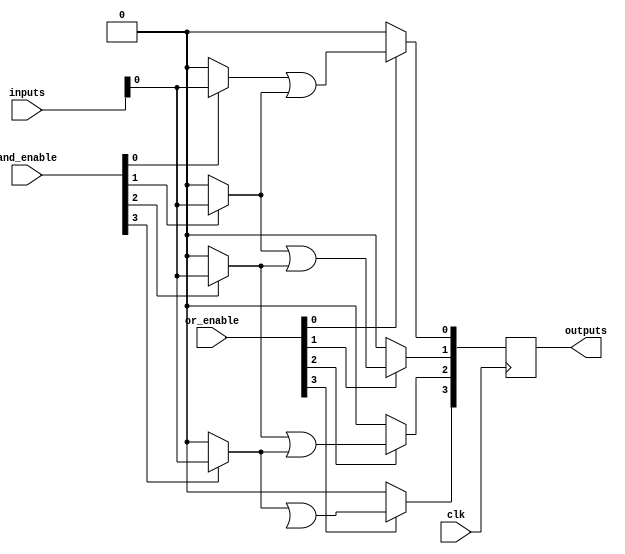
module RPAL #(
    parameter NUM_INPUTS = 8,    // Number of input lines
    parameter NUM_AND_GATES = 4,  // Number of AND gates
    parameter NUM_OR_GATES = 4     // Number of OR gates
)(
    input wire [NUM_INPUTS-1:0] inputs,            // Input lines
    input wire [NUM_AND_GATES-1:0] and_enable,     // Control signals for AND gates
    input wire [NUM_OR_GATES-1:0] or_enable,       // Control signals for OR gates
    input wire clk,                                  // Clock input
    output reg [NUM_OR_GATES-1:0] outputs          // Registered output lines
);

    // Internal signals for the AND array
    wire [NUM_AND_GATES-1:0] and_outputs [NUM_INPUTS-1:0];

    // Programmable AND array
    genvar i, j;
    generate
        for (i = 0; i < NUM_AND_GATES; i = i + 1) begin : and_gate
            assign and_outputs[i] = (and_enable[i]) ? (inputs & {NUM_INPUTS{1'b1}}) : 0; // AND with all inputs if enabled
        end
    endgenerate

    // Internal signals for the OR array
    wire [NUM_OR_GATES-1:0] or_outputs;

    // OR array
    generate
        for (j = 0; j < NUM_OR_GATES; j = j + 1) begin : or_gate
            assign or_outputs[j] = (or_enable[j]) ? (and_outputs[j] | and_outputs[j+1]) : 0; // OR selected AND outputs
        end
    endgenerate

    // Registered outputs
    always @(posedge clk) begin
        outputs <= or_outputs; // Register the OR outputs on clock edge
    end

endmodule